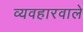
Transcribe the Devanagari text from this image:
व्यवहारवाले